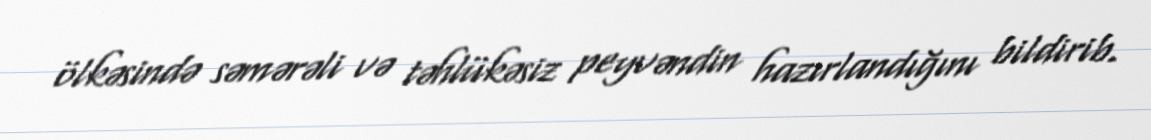
ölkəsində səmərəli və təhlükəsiz peyvəndin hazırlandığını bildirib.